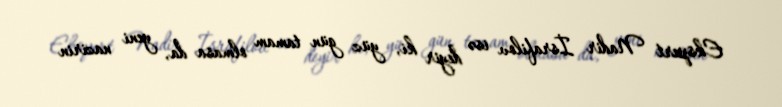
Ekspert Nadir İsrafilov isə deyir ki, yüz gün tamam olmasa da, yeni nazirin